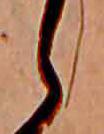
ら